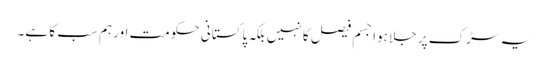
یہ سڑک پر جلا ہوا جسم فیصل کا نہیں بلکہ پاکستانی حکومت اور ہم سب کا ہے۔